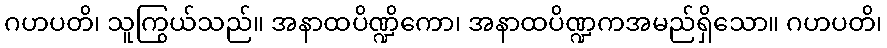
ဂဟပတိ၊ သူကြွယ်သည်။ အနာထပိဏ္ဍိကော၊ အနာထပိဏ္ဍကအမည်ရှိသော။ ဂဟပတိ၊